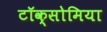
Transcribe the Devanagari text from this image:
टॉक्सोमिया